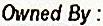
OWNED BY :